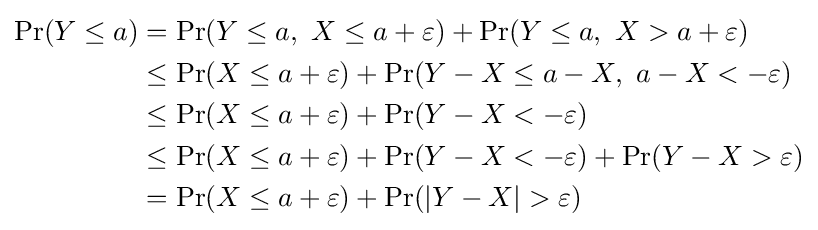
{\begin{aligned}\operatorname {Pr} (Y\leq a)&=\operatorname {Pr} (Y\leq a,\ X\leq a+\varepsilon )+\operatorname {Pr} (Y\leq a,\ X>a+\varepsilon )\\&\leq \operatorname {Pr} (X\leq a+\varepsilon )+\operatorname {Pr} (Y-X\leq a-X,\ a-X<-\varepsilon )\\&\leq \operatorname {Pr} (X\leq a+\varepsilon )+\operatorname {Pr} (Y-X<-\varepsilon )\\&\leq \operatorname {Pr} (X\leq a+\varepsilon )+\operatorname {Pr} (Y-X<-\varepsilon )+\operatorname {Pr} (Y-X>\varepsilon )\\&=\operatorname {Pr} (X\leq a+\varepsilon )+\operatorname {Pr} (|Y-X|>\varepsilon )\end{aligned}}